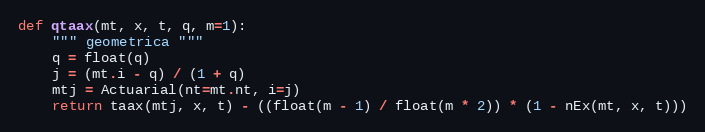
Language: Python
def qtaax(mt, x, t, q, m=1):
    """ geometrica """
    q = float(q)
    j = (mt.i - q) / (1 + q)
    mtj = Actuarial(nt=mt.nt, i=j)
    return taax(mtj, x, t) - ((float(m - 1) / float(m * 2)) * (1 - nEx(mt, x, t)))